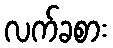
လက်ခစား